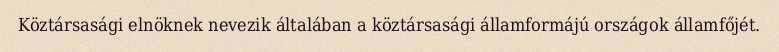
Köztársasági elnöknek nevezik általában a köztársasági államformájú országok államfőjét.